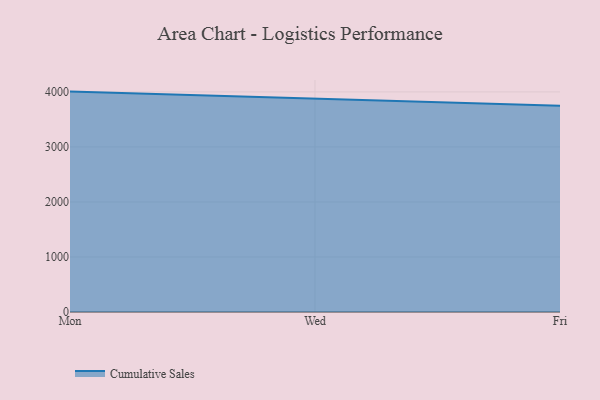
{"axis": {"x": "Day", "y": "Waste Production (Tons)"}, "legend": ["Cumulative Sales"], "data": [{"x": "Mon", "y": 4005.0, "type": "Cumulative Sales"}, {"x": "Wed", "y": 3882.3, "type": "Cumulative Sales"}, {"x": "Fri", "y": 3748.1, "type": "Cumulative Sales"}]}